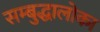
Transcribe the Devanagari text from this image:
सम्बुद्धालोका